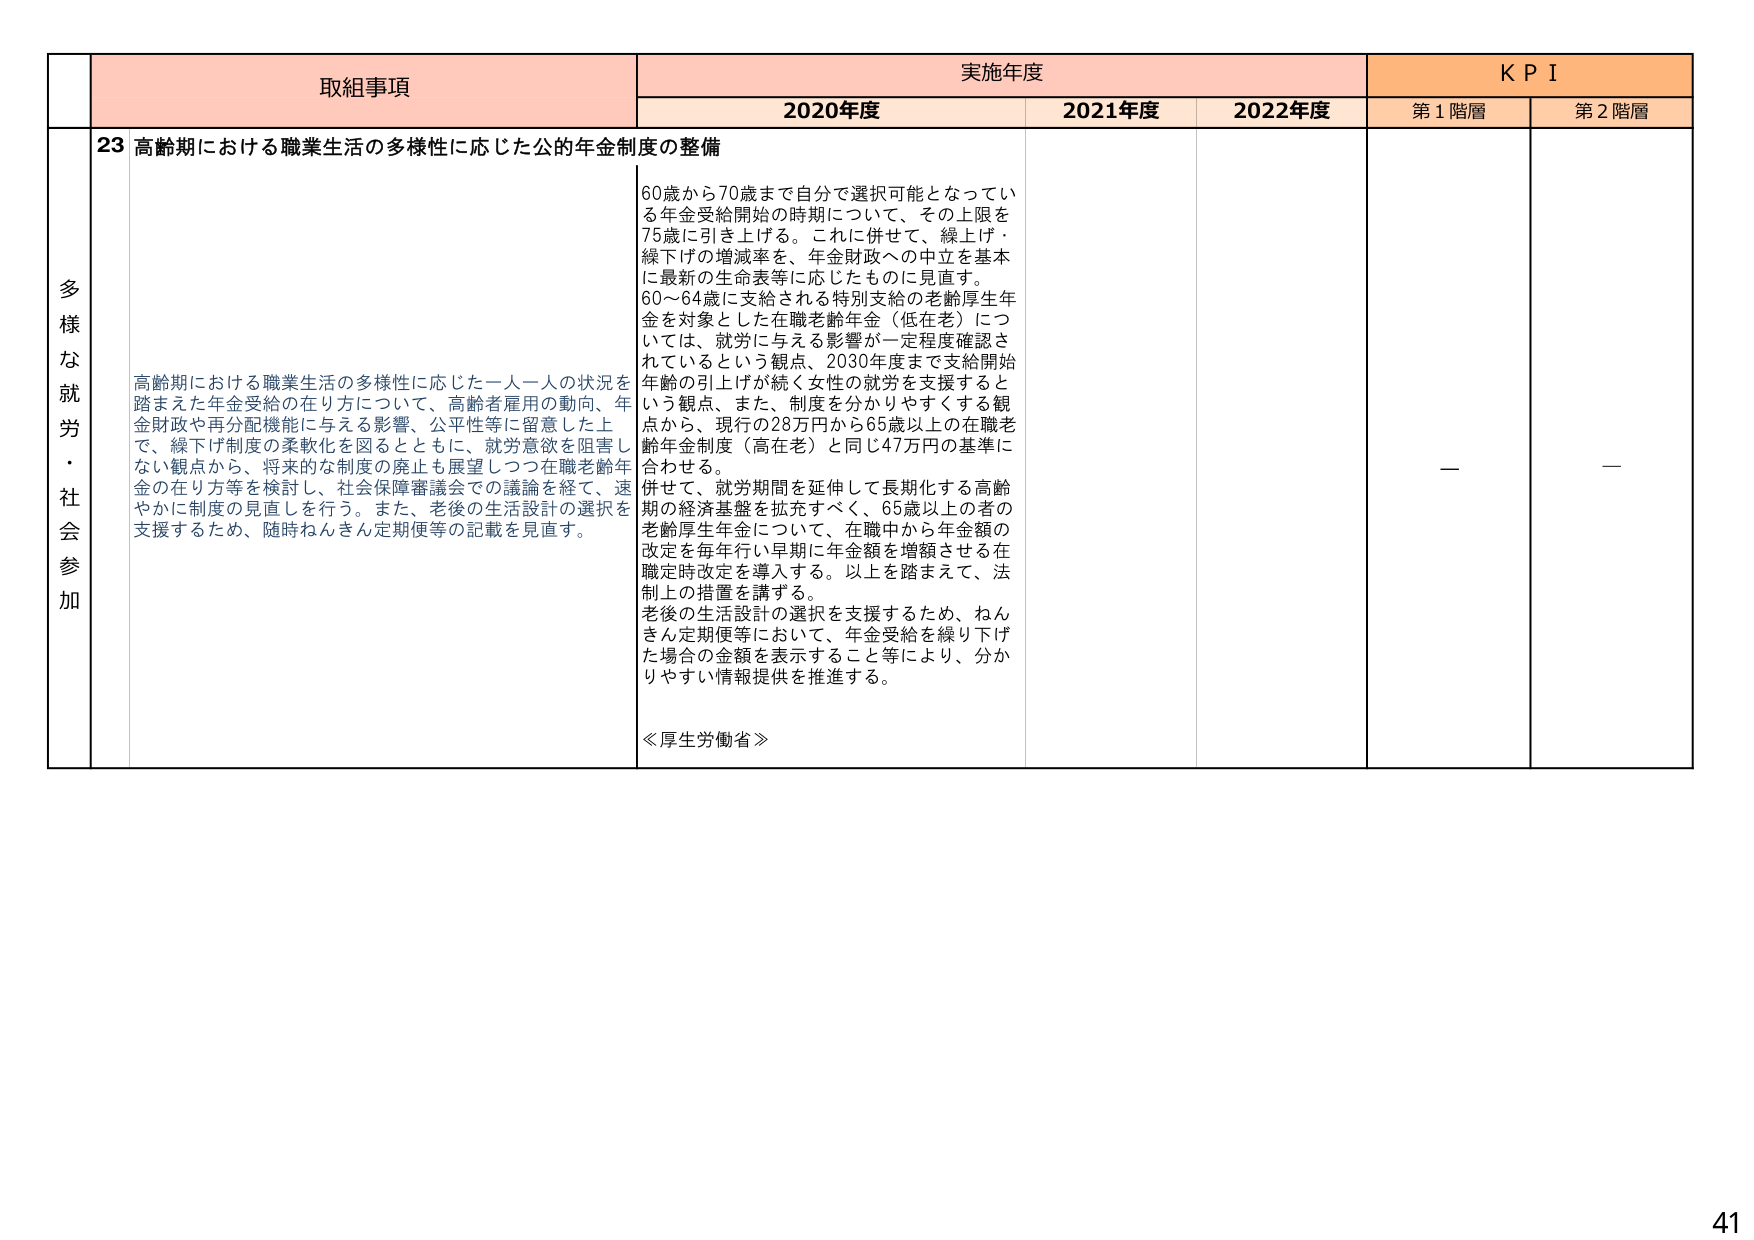
多様な就労・社会参加

取組事項
23 高齢期における職業生活の多様性に応じた公的年金制度の整備

高齢期における職業生活の多様性に応じた一人一人の状況を踏まえた年金受給の在り方について、高齢者雇用の動向、年金財政や再分配機能に与える影響、公平性等に留意した上で、繰下げ制度の柔軟化を図るとともに、就労意欲を阻害しない観点から、将来的な制度の廃止も展望しつつ在職老齢年金の在り方等を検討し、社会保障審議会での議論を経て、速やかに制度の見直しを行う。また、老後の生活設計の選択を支援するため、随時ねんきん定期便等の記載を見直す。

実施年度
2020年度
60歳から70歳まで自分で選択可能となっている年金受給開始の時期について、その上限を75歳に引き上げる。これに併せて、繰上げ・繰下げの増減率を、年金財政への中立を基本に最新の生命表等に応じたものに見直す。
60～64歳に支給される特別支給の老齢厚生年金を対象とした在職老齢年金（低在老）については、就労に与える影響が一定程度確認されているという観点、2030年度まで支給開始年齢の引上げが続く女性の就労を支援するという観点、また、制度を分かりやすくする観点から、現行の28万円から65歳以上の在職老齢年金制度（高在老）と同じ47万円の基準に合わせる。
併せて、就労期間を延伸して長期化する高齢期の経済基盤を拡充すべく、65歳以上の者の老齢厚生年金について、在職中から年金額の改定を毎年行い早期に年金額を増額させる在職定時改定を導入する。以上を踏まえて、法制上の措置を講ずる。
老後の生活設計の選択を支援するため、ねんきん定期便等において、年金受給を繰り下げた場合の金額を表示すること等により、分かりやすい情報提供を推進する。

≪厚生労働省≫

2021年度
2022年度

KPI
第1階層
ー
第2階層
ー

41